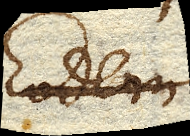
Eodem